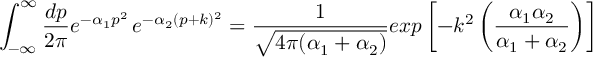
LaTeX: \int _ { - \infty } ^ { \infty } { \frac { d p } { 2 \pi } } e ^ { - \alpha _ { 1 } p ^ { 2 } } \, e ^ { - \alpha _ { 2 } ( p + k ) ^ { 2 } } = { \frac { 1 } { \sqrt { 4 \pi ( \alpha _ { 1 } + \alpha _ { 2 } ) } } } e x p \left[ - k ^ { 2 } \left( { \frac { \alpha _ { 1 } \alpha _ { 2 } } { \alpha _ { 1 } + \alpha _ { 2 } } } \right) \right]